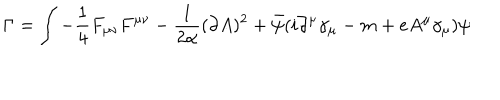
LaTeX: \Gamma = \int - \frac 1 4 F _ { \mu \nu } F ^ { \mu \nu } - \frac 1 { 2 \alpha } ( \partial A ) ^ { 2 } + \bar { \psi } ( i \partial ^ { \mu } \gamma _ { \mu } - m + e A ^ { \mu } \gamma _ { \mu } ) \psi